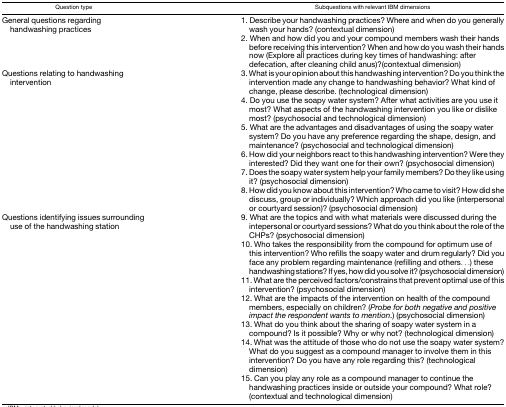
<table><thead><tr><td><b>Question type</b></td><td><b>Subquestions with relevant IBM dimensions</b></td></tr></thead><tbody><tr><td rowspan="2">General questions regarding handwashing practices</td><td>1. Describe your handwashing practices? Where and when do you generally wash your hands? (contextual dimension)</td></tr><tr><td>2. When and how did you and your compound members wash their hands before receiving this intervention? When and how do you wash their hands now (Explore all practices during key times of handwashing: after defecation, after cleaning child anus)?(contextual dimension)</td></tr><tr><td rowspan="6">Questions relating to handwashing intervention</td><td>3. What is your opinion about this handwashing intervention? Do you think the intervention made any change to handwashing behavior? What kind of change, please describe. (technological dimension)</td></tr><tr><td>4. Do you use the soapy water system? After what activities are you use it most? What aspects of the handwashing intervention you like or dislike most? (psychosocial and technological dimension)</td></tr><tr><td>5. What are the advantages and disadvantages of using the soapy water system? Do you have any preference regarding the shape, design, and maintenance? (psychosocial and technological dimension)</td></tr><tr><td>6. How did your neighbors react to this handwashing intervention? Were they interested? Did they want one for their own? (psychosocial dimension)</td></tr><tr><td>7. Does the soapy water system help your family members? Do they like using it? (psychosocial dimension)</td></tr><tr><td>8. How did you know about this intervention? Who came to visit? How did she discuss, group or individually? Which approach did you like (interpersonal or courtyard session)? (psychosocial dimension)</td></tr><tr><td rowspan="7">Questions identifying issues surrounding use of the handwashing station</td><td>9. What are the topics and with what materials were discussed during the intepersonal or courtyard sessions? What do you think about the role of the CHPs? (psychosocial dimension)</td></tr><tr><td>10. Who takes the responsibility from the compound for optimum use of this intervention? Who refills the soapy water and drum regularly? Did you face any problem regarding maintenance (refilling and others...) these handwashing stations? If yes, how did you solve it? (psychosocial dimension)</td></tr><tr><td>11. What are the perceived factors/constrains that prevent optimal use of this intervention? (psychosocial dimension)</td></tr><tr><td>12. What are the impacts of the intervention on health of the compound members, especially on children? (<i>Probe for both negative and positive impact the respondent wants to mention</i>.) (psychosocial dimension)</td></tr><tr><td>13. What do you think about the sharing of soapy water system in a compound? Is it possible? Why or why not? (technological dimension)</td></tr><tr><td>14. What was the attitude of those who do not use the soapy water system? What do you suggest as a compound manager to involve them in this intervention? Do you have any role regarding this? (technological dimension)</td></tr><tr><td>15. Can you play any role as a compound manager to continue the handwashing practices inside or outside your compound? What role? (contextual and technological dimension)</td></tr></tbody></table>